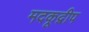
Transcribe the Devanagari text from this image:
मदकूद्वीप